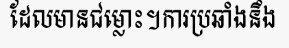
ដែលមានជម្លោះ។ការប្រឆាំងនឹង